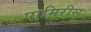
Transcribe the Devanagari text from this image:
पामिरीस